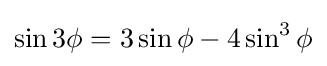
\sin 3\phi =3\sin \phi -4\sin ^{3}\phi \,\!